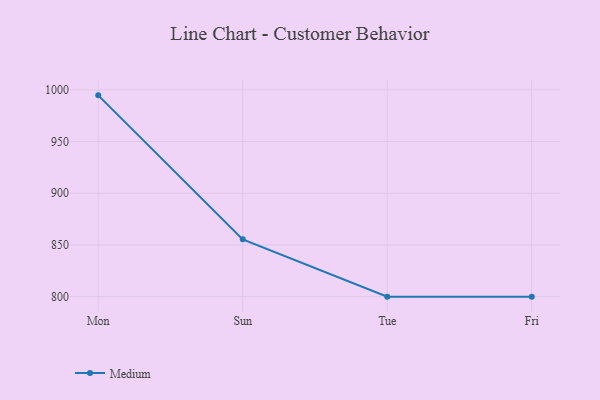
{"axis": {"x": "Day", "y": "Market Share (%)"}, "legend": ["Medium"], "data": [{"x": "Mon", "y": 994.7, "type": "Medium"}, {"x": "Sun", "y": 855.4, "type": "Medium"}, {"x": "Tue", "y": 800, "type": "Medium"}, {"x": "Fri", "y": 800, "type": "Medium"}]}